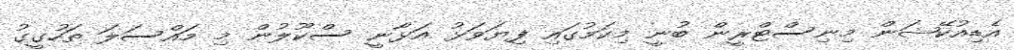
އެޑިއުކޭޝަން މިނިސްޓްރީން ބުނީ މިކަމުގައި ފިޔަވަޅު އަޅާނީ ސްކޫލުން މި މައްސަލަ ތަހުގީގު